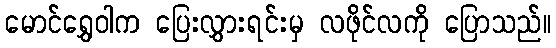
မောင်ရွှေဝါက ပြေးလွှားရင်းမှ လဖိုင်လကို ပြောသည်။